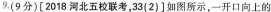
9.(9分)[2018河北五校联考，33(2)]如图所示，一开口向上的